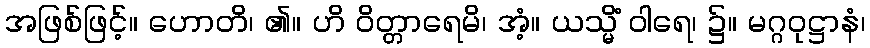
အဖြစ်ဖြင့်။ ဟောတိ၊ ၏။ ဟိ ဝိတ္တာရေမိ၊ အံ့။ ယသ္မိံ ဝါရေ၊ ၌။ မဂ္ဂဝုဋ္ဌာနံ၊